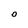
Character: O